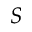
S